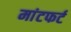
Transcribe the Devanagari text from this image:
मांटफर्ट